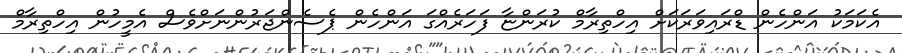
އެކަމަކު އަންހެން ޑްރައިވަރަކަށް އިހްތިރާމް ކުރަންޏާ ފަހަރެއްގަ އަންހެން ޕެސެންޖަރުންނަށްވެސް އެމީހުން އިހްތިރާމް